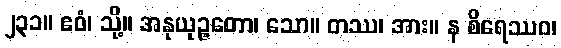
၂၃၁။ ဧဝံ၊ သို့။ အနုယုဉ္ဇတော၊ သော။ တဿ၊ အား။ န စိရေဿဝ၊